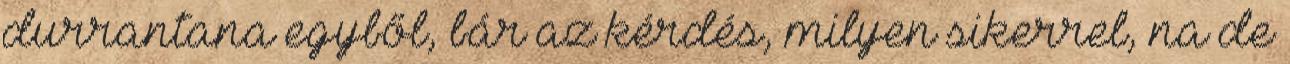
durrantana egyből, bár az kérdés, milyen sikerrel, na de